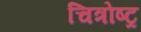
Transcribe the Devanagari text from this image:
चित्रोष्ट्र